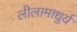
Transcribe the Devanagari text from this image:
लीलामाधुर्य